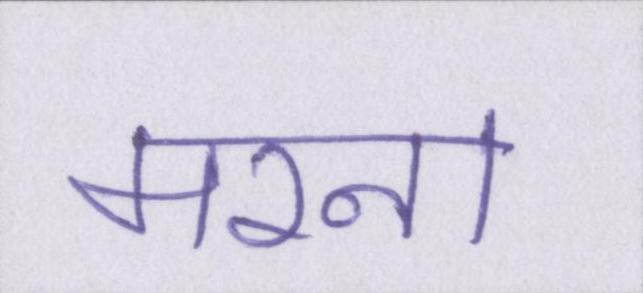
मरना